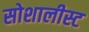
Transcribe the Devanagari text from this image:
सोशालीस्ट